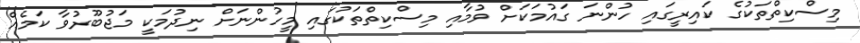
މިސްކިތްތަކުގެ ކައިރީގައި ހުންނަ ގައުމަކަށް ވުމާއި މިސްކިތްތަކުގައި މީހުންނަށް ނިދުމަކީ މަޖުބޫރުވާ ކަމެއް